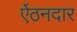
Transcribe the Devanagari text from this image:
ऐंठनदार